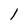
Character: l